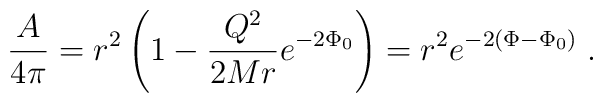
{A\over4\pi}=r^2\left(1-{Q^2\over2Mr}e^{-2\Phi_0}\right)=r^2e^{-2\left(\Phi-\Phi_0\right)}\;.